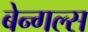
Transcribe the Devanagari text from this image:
बेन्गल्स